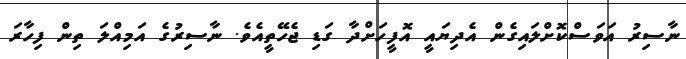
ނާސިރު އަވަސްކޮށްލައިގެން އެދިޔައީ އޮފީހަށްދާ ގަޑި ޖެހޭތީއެވެ. ނާސިރުގެ އަމިއްލަ ތިން ފިހާރަ